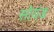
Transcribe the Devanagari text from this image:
सोयंड